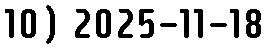
10) 2025-11-18